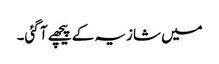
میں شازیہ کے پیچھے آ گئی۔